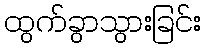
ထွက်ခွာသွားခြင်း